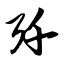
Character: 歼